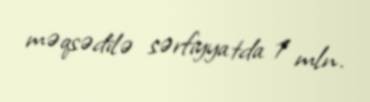
məqsədilə sərfiyyatda 1 mln.